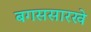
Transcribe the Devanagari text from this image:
बगससारखे